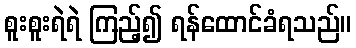
စူးစူးရဲရဲ ကြည့်၍ ရန်ထောင်ခံရသည်။